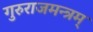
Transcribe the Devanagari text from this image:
गुरुराजमन्त्रम्